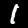
Digit: 1